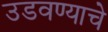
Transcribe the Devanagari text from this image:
उडवण्याचे